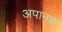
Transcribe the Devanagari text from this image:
अपानक